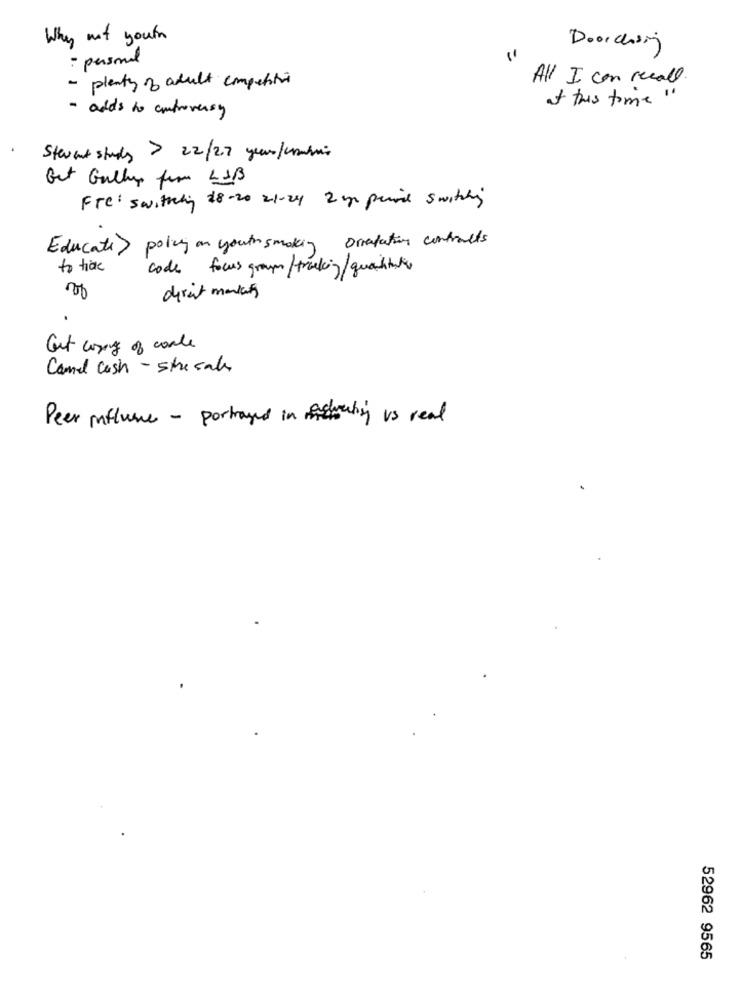
& youn
Why
Doorchsig
: personal
'
- plenty of adult competitive
All I can recall.
at this time "
- adds to controversy
Stevent stads > 22/27 year/cambio
Get Gulley fim LAB
Fre: Switching 28-20 21-24 2 you print switchy
Educate> policy on youth smoking orientation controlts
to hide
code focus groups/tracking/quailtale
direit mankants
.
Gut coming of conle
Camel Cash - stresals
Peer influence - portrayed in educating vs real
52962 9565